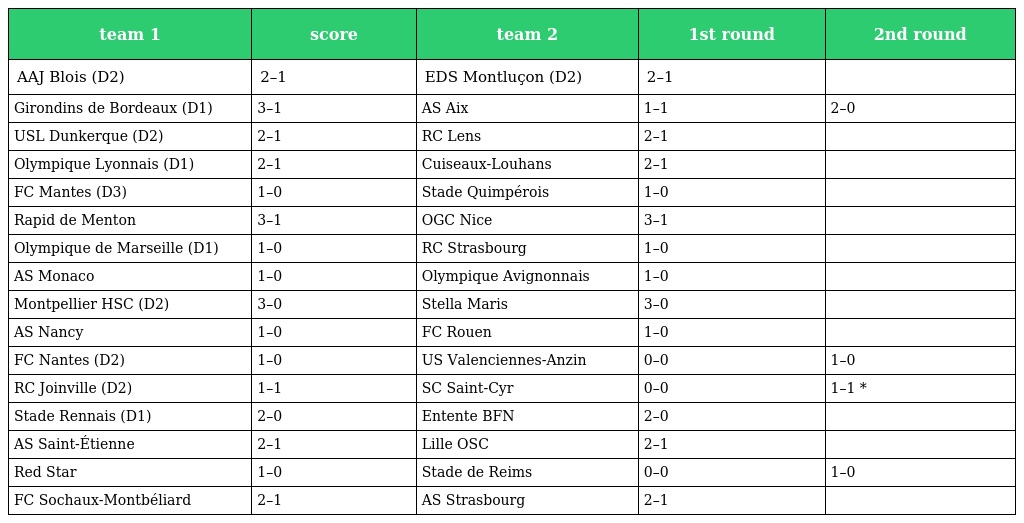
| team 1 | score | team 2 | 1st round | 2nd round |
 | --- | --- | --- | --- | --- |
 | AAJ Blois (D2) | 2–1 | EDS Montluçon (D2) | 2–1 |  |
 | Girondins de Bordeaux (D1) | 3–1 | AS Aix | 1–1 | 2–0 |
 | USL Dunkerque (D2) | 2–1 | RC Lens | 2–1 |  |
 | Olympique Lyonnais (D1) | 2–1 | Cuiseaux-Louhans | 2–1 |  |
 | FC Mantes (D3) | 1–0 | Stade Quimpérois | 1–0 |  |
 | Rapid de Menton | 3–1 | OGC Nice | 3–1 |  |
 | Olympique de Marseille (D1) | 1–0 | RC Strasbourg | 1–0 |  |
 | AS Monaco | 1–0 | Olympique Avignonnais | 1–0 |  |
 | Montpellier HSC (D2) | 3–0 | Stella Maris | 3–0 |  |
 | AS Nancy | 1–0 | FC Rouen | 1–0 |  |
 | FC Nantes (D2) | 1–0 | US Valenciennes-Anzin | 0–0 | 1–0 |
 | RC Joinville (D2) | 1–1 | SC Saint-Cyr | 0–0 | 1–1 * |
 | Stade Rennais (D1) | 2–0 | Entente BFN | 2–0 |  |
 | AS Saint-Étienne | 2–1 | Lille OSC | 2–1 |  |
 | Red Star | 1–0 | Stade de Reims | 0–0 | 1–0 |
 | FC Sochaux-Montbéliard | 2–1 | AS Strasbourg | 2–1 |  |